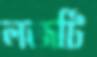
লজটি